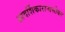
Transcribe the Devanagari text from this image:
आदर्शिकारानासोबत